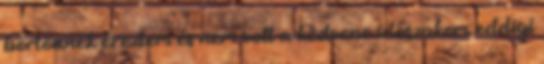
börtönnek éreztem és nem volt a kedvenc időszakom eddigi